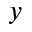
y